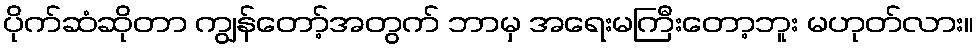
ပိုက်ဆံဆိုတာ ကျွန်တော့်အတွက် ဘာမှ အရေးမကြီးတော့ဘူး မဟုတ်လား။